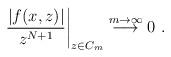
LaTeX: \begin{align*}{ \left.\frac{|f(x,z)|}{z^{N+1}}\right|}_{z \in C_m}\stackrel{m \to \infty }{\longrightarrow} 0\ .\end{align*}